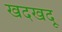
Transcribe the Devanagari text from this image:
खदखदू